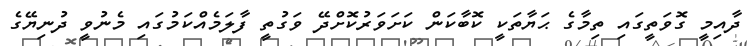
ދާއިމީ ގޮވަތީގައި ތިމާގެ ޙަޔާތަކީ ކޮބާކަން ކަށަވަރުކޮށްދޭ ވަގުތީ ފާލަމެއްކަމުގައި މެނުވީ ދުނިޔޭގެ